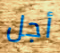
أجل